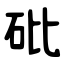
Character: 砒